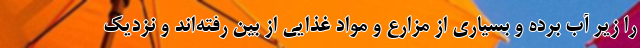
را زیر آب برده و بسیاری از مزارع و مواد غذایی از بین رفته‌اند و نزدیک